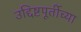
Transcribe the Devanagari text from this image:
उद्दिष्टपूर्तीच्या